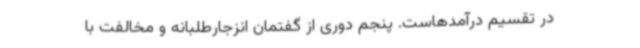
در تقسیم درآمدهاست. پنجم دوری از گفتمان انزجارطلبانه و مخالفت با